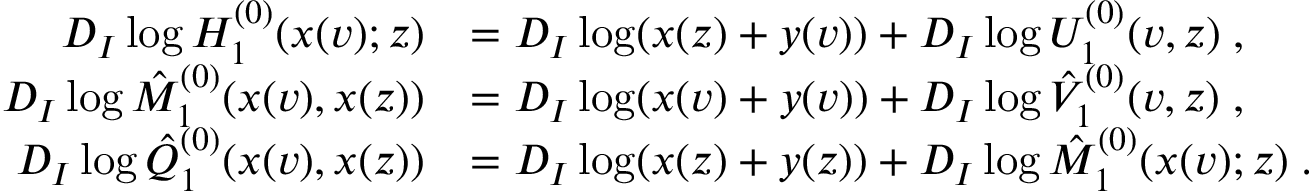
\begin{array} { r l } { D _ { I } \log H _ { 1 } ^ { ( 0 ) } ( x ( v ) ; z ) } & { = D _ { I } \log ( x ( z ) + y ( v ) ) + D _ { I } \log U _ { 1 } ^ { ( 0 ) } ( v , z ) \; , } \\ { D _ { I } \log \hat { M } _ { 1 } ^ { ( 0 ) } ( x ( v ) , x ( z ) ) } & { = D _ { I } \log ( x ( v ) + y ( v ) ) + D _ { I } \log \hat { V } _ { 1 } ^ { ( 0 ) } ( v , z ) \; , } \\ { D _ { I } \log \hat { Q } _ { 1 } ^ { ( 0 ) } ( x ( v ) , x ( z ) ) } & { = D _ { I } \log ( x ( z ) + y ( z ) ) + D _ { I } \log \hat { M } _ { 1 } ^ { ( 0 ) } ( x ( v ) ; z ) \; . } \end{array}